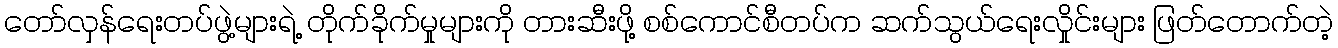
တော်လှန်ရေးတပ်ဖွဲ့များရဲ့ တိုက်ခိုက်မှုများကို တားဆီးဖို့ စစ်ကောင်စီတပ်က ဆက်သွယ်ရေးလှိုင်းများ ဖြတ်တောက်တဲ့